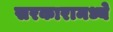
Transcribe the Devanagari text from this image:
सरकारामध्ये